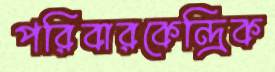
পরিবারকেন্দ্রিক